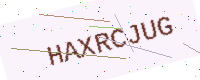
Text: HAXRCJUG